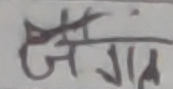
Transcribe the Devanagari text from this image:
जगम